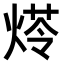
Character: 𤋶